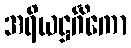
အရိယဋ္ဌင်္ဂိကော